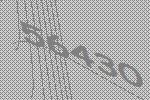
56430